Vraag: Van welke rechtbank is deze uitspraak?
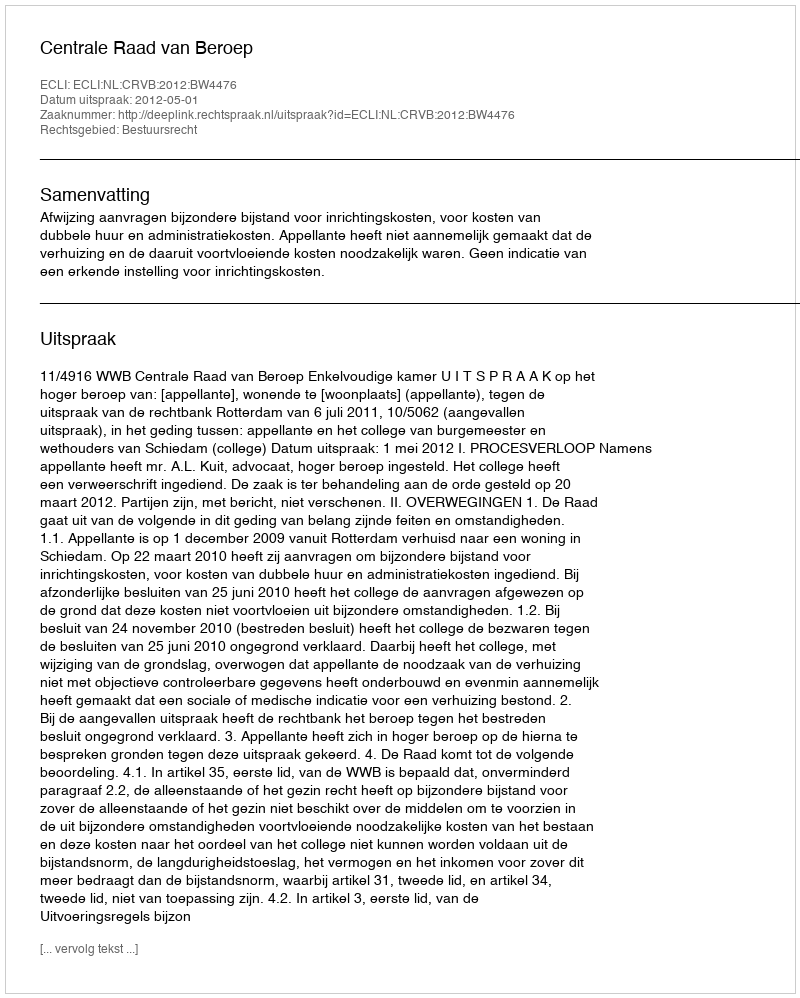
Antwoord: Centrale Raad van Beroep